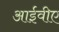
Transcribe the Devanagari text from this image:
आईवीए